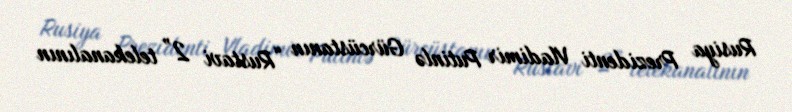
Rusiya Prezidenti Vladimir Putinlə Gürcüstanın “Rustavi 2” telekanalının